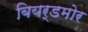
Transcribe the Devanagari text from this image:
बियर्डमोर